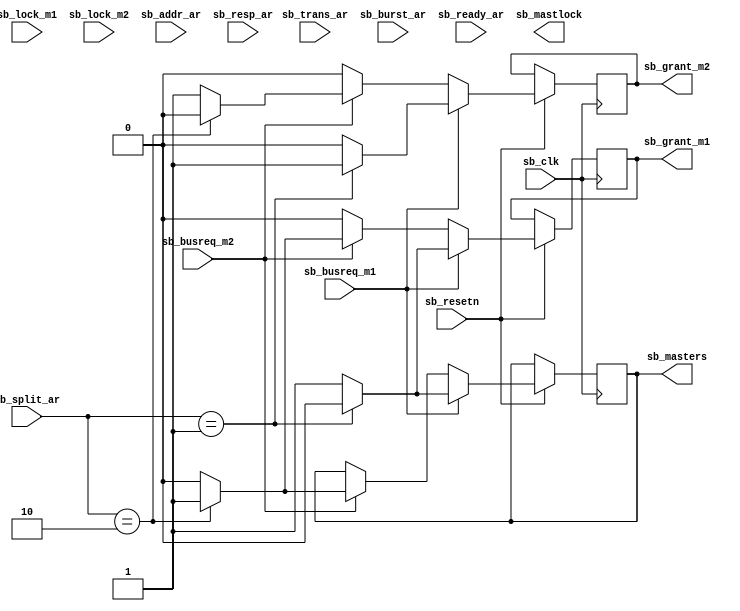
`timescale 1ns / 1ps
//////////////////////////////////////////////////////////////////////////////////
// Company: 
// Engineer: 
// 
// Design Name: 
// Module Name: SBarbiter
// Project Name: 
// Target Devices: 
// Tool Versions: 
// Description: 
// 
// Dependencies: 
// 
// Revision:
// Revision 0.01 - File Created
// Additional Comments:
// 
//////////////////////////////////////////////////////////////////////////////////


module SBarbiter(
 sb_clk,
 sb_resetn,
 
 sb_busreq_m1,
 sb_lock_m1,
 sb_busreq_m2,
 sb_lock_m2,
 
 sb_addr_ar,
 sb_split_ar,
 sb_trans_ar,
 sb_burst_ar,
 sb_resp_ar,
 sb_ready_ar,
 
 sb_grant_m1,
 sb_grant_m2,
 sb_masters,
 sb_mastlock
    );
//---------------------------------------------------------------------------------------------------------------------	
// parameter definitionsendmodule
//---------------------------------------------------------------------------------------------------------------------
    
//---------------------------------------------------------------------------------------------------------------------
// localparam definitions
//---------------------------------------------------------------------------------------------------------------------
 
    localparam                          SB_ADDR_WIDTH         = 32;                             
    localparam                          SB_TRAS_TYPE          = 2;
    localparam                          SB_BURST_NUM          = 3;
	localparam                          SB_RESP_TYPE          = 2;
	localparam                          SB_NUM_MASTER         = 1;
	localparam                          SB_SPLIT_NUM_MSTR     = 2;
	

//---------------------------------------------------------------------------------------------------------------------
// I/O signals
//---------------------------------------------------------------------------------------------------------------------
    input                                   sb_clk;
	input									sb_resetn;
    input                                   sb_busreq_m1;
    input                                   sb_lock_m1;
    input                                   sb_busreq_m2;
    input                                   sb_lock_m2;
                                            
    input		[SB_ADDR_WIDTH-1:0]	 		sb_addr_ar;
    input       [SB_SPLIT_NUM_MSTR-1:0]     sb_split_ar;
    input       [SB_TRAS_TYPE-1:0]          sb_trans_ar;
    input       [SB_BURST_NUM-1:0]          sb_burst_ar;
	input       [SB_RESP_TYPE-1:0]          sb_resp_ar;
    input                                   sb_ready_ar;
	
	output reg     	                        sb_grant_m1;
    output reg      	   				    sb_grant_m2;
	output reg  [SB_NUM_MASTER-1:0]         sb_masters;
	output reg                              sb_mastlock;            
	 
	 
	  
	
	always @(posedge sb_clk)begin
		if(!sb_resetn)begin
		end
		else begin
			if(sb_busreq_m1)begin
				if(sb_split_ar==2'b01)begin
					sb_grant_m2<=1'b1;
					sb_grant_m1<=1'b0;
					sb_masters<=1'b0;
				end
				else begin
					sb_grant_m1<=1'b1;
					sb_grant_m2<=1'b0;
					sb_masters<=1'b1;
				end
				
			end
			else if (sb_busreq_m2)begin
				if(sb_split_ar==2'b10)begin
					sb_grant_m1<=1'b1;
					sb_grant_m2<=1'b0;
					sb_masters<=1'b1;
				end
				else begin
					sb_grant_m2<=1'b1;
					sb_grant_m1<=1'b0;
					sb_masters<=1'b0;
				end
			end
			else begin
				sb_grant_m1<=1'b0;
				sb_grant_m2<=1'b0;
			end
		end
	end
endmodule